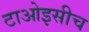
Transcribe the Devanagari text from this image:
टाओइसीच